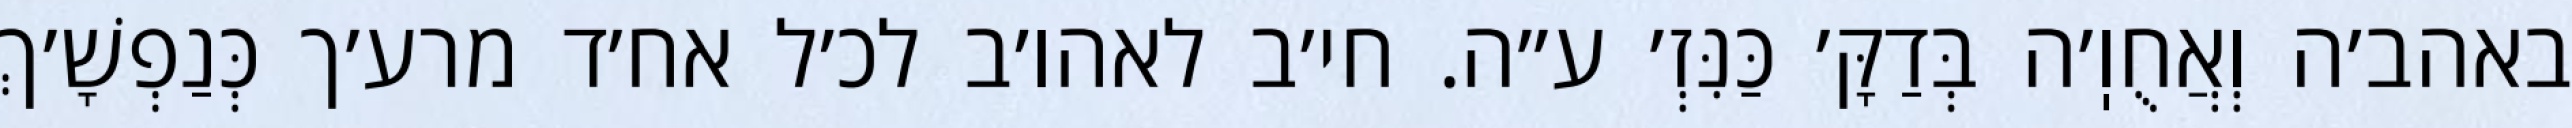
באהב׳ה וְאֲחֻוֽ׳ה בְּדַקָּ׳ כַּנִּזְ׳ ע״ה. חי׳ב לאהו׳ב לכ׳ל אח׳ד מרע׳ך כְּנַפְשָׁ׳ךְ